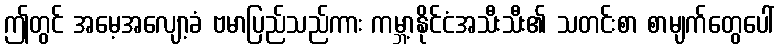
ဤတွင် အမေ့အလျော့ခံ ဗမာပြည်သည်ကား ကမ္ဘာ့နိုင်ငံအသီးသီး၏ သတင်းစာ စာမျက်တွေပေါ်